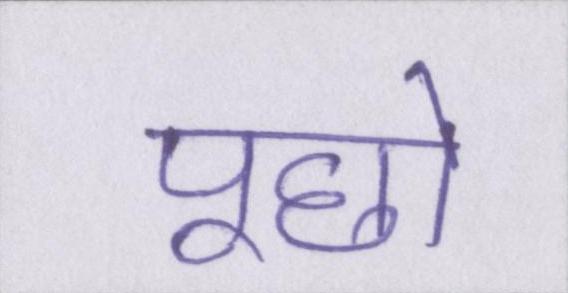
पूछो